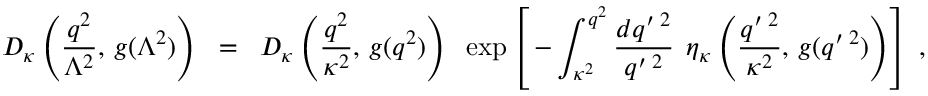
D _ { \kappa } \left( \frac { q ^ { 2 } } { \Lambda ^ { 2 } } , \, g ( \Lambda ^ { 2 } ) \right) \; \; = \; \; D _ { \kappa } \left( \frac { q ^ { 2 } } { \kappa ^ { 2 } } , \, g ( q ^ { 2 } ) \right) \; \; \exp \left[ \, - \int _ { \kappa ^ { 2 } } ^ { q ^ { 2 } } \frac { d q ^ { \prime \; 2 } } { q ^ { \prime \; 2 } } \; \, \eta _ { \kappa } \left( \frac { q ^ { \prime \; 2 } } { \kappa ^ { 2 } } , \, g ( q ^ { \prime \; 2 } ) \right) \right] \; ,